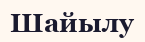
Шайылу